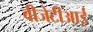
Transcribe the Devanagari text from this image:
वीजेटीआई